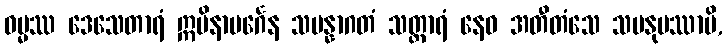
ဓမ္မဿ ဒေသေတာရံ ဣမိနာပင်္ဂေန သမန္နာဂတံ သတ္ထာရံ နေဝ အတီတံသေ သမနုပဿာမိ,